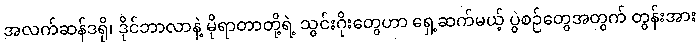
အလက်ဆန်ဒရို၊ ဒိုင်ဘာလာနဲ့ မိုရာတာတို့ရဲ့ သွင်းဂိုးတွေဟာ ရှေ့ဆက်မယ့် ပွဲစဉ်တွေအတွက် တွန်းအား